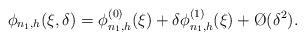
LaTeX: \begin{align*}\phi_{n_1,h}(\xi,\delta) = \phi^{(0)}_{n_1,h}(\xi) +\delta\phi^{(1)}_{n_1,h}(\xi) +\O(\delta^2).\end{align*}